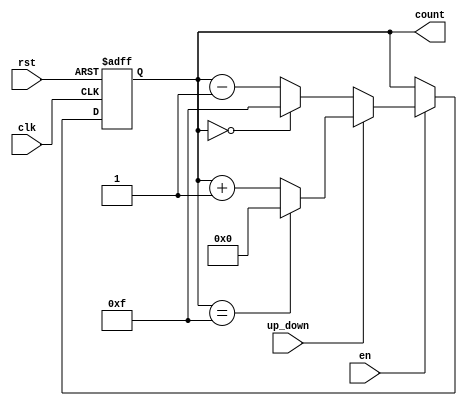
module up_down_counter (
    input wire clk,          // Clock signal
    input wire rst,          // Asynchronous reset
    input wire en,           // Enable signal
    input wire up_down,      // Up/Down control signal
    output reg [N-1:0] count // Count output (N-bit wide)
);
    parameter N = 4; // Define the bit-width of the counter (can be changed as needed)
    localparam MAX_COUNT = (1 << N) - 1; // Maximum count value for N bits

    // Asynchronous reset and counting logic
    always @(posedge clk or posedge rst) begin
        if (rst) begin
            count <= 0; // Reset count to 0
        end else if (en) begin
            if (up_down) begin
                // Count up
                if (count == MAX_COUNT) begin
                    count <= 0; // Wrap around to 0 on overflow
                end else begin
                    count <= count + 1; // Increment count
                end
            end else begin
                // Count down
                if (count == 0) begin
                    count <= MAX_COUNT; // Wrap around to MAX_COUNT on underflow
                end else begin
                    count <= count - 1; // Decrement count
                end
            end
        end
    end
endmodule